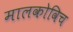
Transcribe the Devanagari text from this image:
मालकोविच